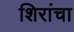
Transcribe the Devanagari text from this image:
शिरांचा